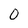
Character: 0